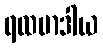
ရထမာဒါယ